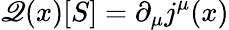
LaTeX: \mathscr{Q}(x)[S]=\partial_{\mu}j^{\mu}(x)